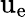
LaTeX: \mathrm{u_{e}}